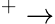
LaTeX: ^+\rightarrow